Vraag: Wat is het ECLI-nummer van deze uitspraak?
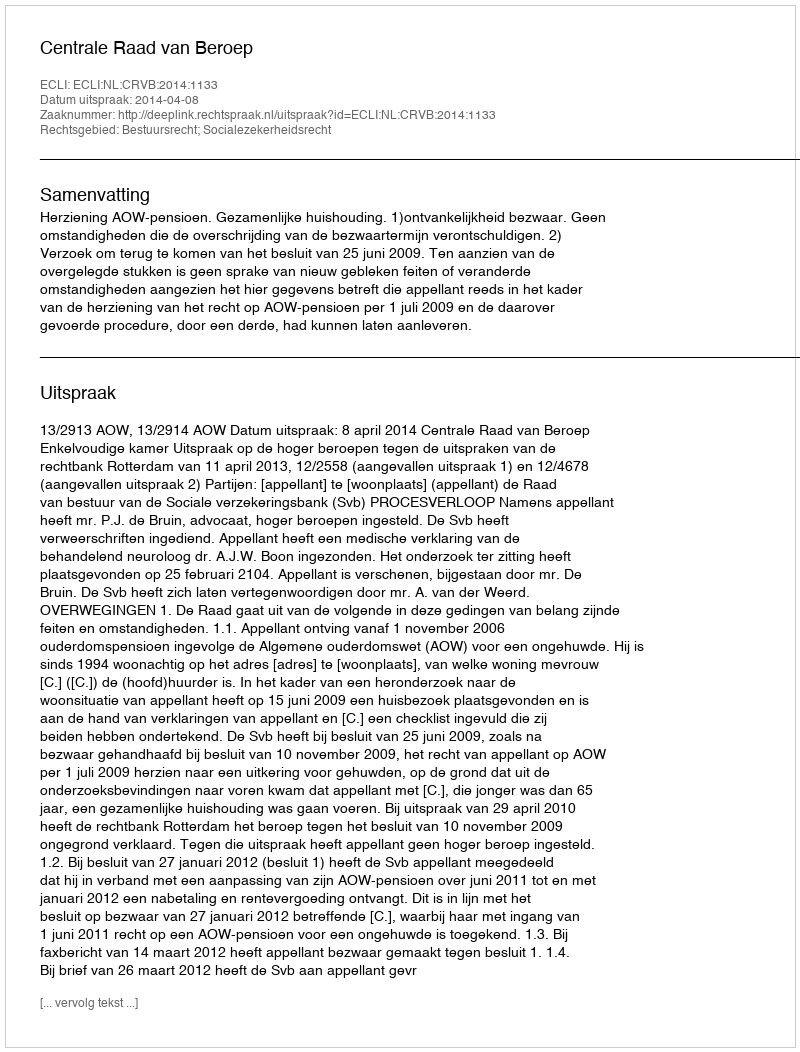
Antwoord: ECLI:NL:CRVB:2014:1133